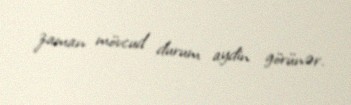
zaman mövcud durum aydin görünər.